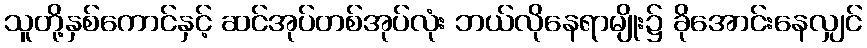
သူတို့နှစ်ကောင်နှင့် ဆင်အုပ်တစ်အုပ်လုံး ဘယ်လိုနေရာမျိုး၌ ခိုအောင်းနေလျှင်